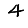
Digit: 4